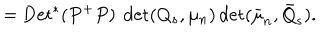
= \mathrm { D e t } ^ { * } ( P ^ { + } P ) ~ \det ( Q _ { s } , \mu _ { n } ) \det ( \bar { \mu } _ { n } , \bar { Q } _ { s } ) .